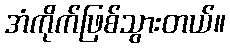
အံကိုက်ဖြစ်သွားတယ်။